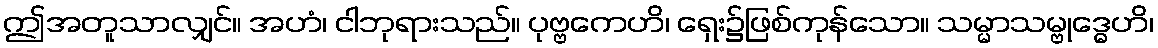
ဤအတူသာလျှင်။ အဟံ၊ ငါဘုရားသည်။ ပုဗ္ဗကေဟိ၊ ရှေး၌ဖြစ်ကုန်သော။ သမ္မာသမ္ဗုဒ္ဓေဟိ၊